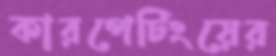
কারপেটিংয়ের